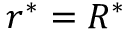
r ^ { * } = R ^ { * }